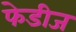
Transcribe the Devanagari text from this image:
फेडीज